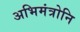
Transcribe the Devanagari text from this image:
अभिमंत्रोनि